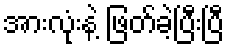
အားလုံးနဲ့ ဖြတ်ခဲ့ပြီးပြီ